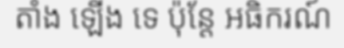
តាំង ឡើង ទេ ប៉ុន្តែ អធិករណ៍